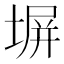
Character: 塀